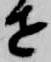
せ